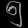
Digit: ၅